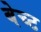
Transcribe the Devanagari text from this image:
बेच्ट